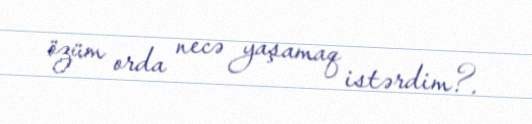
özüm orda necə yaşamaq istərdim?.